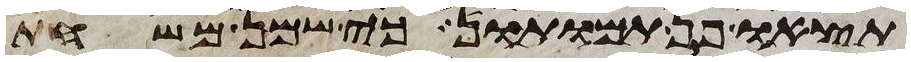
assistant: תצאו פן תמותו כי שמן משחת